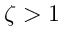
\zeta > 1